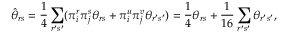
\hat { \theta } _ { r s } = \frac { 1 } { 4 } \sum _ { r ^ { \prime } s ^ { \prime } } ( \pi _ { i } ^ { r } \pi _ { j } ^ { s } \theta _ { r s } + \pi _ { i } ^ { u } \pi _ { j } ^ { v } \theta _ { r ^ { \prime } s ^ { \prime } } ) = \frac { 1 } { 4 } \theta _ { r s } + \frac { 1 } { 1 6 } \sum _ { r ^ { \prime } s ^ { \prime } } \theta _ { r ^ { \prime } s ^ { \prime } } ,